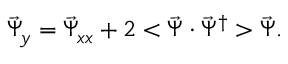
\vec { \Psi } _ { y } = \vec { \Psi } _ { x x } + 2 < \vec { \Psi } \cdot \vec { \Psi } ^ { \dagger } > \vec { \Psi } .